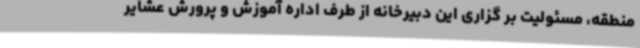
منطقه، مسئولیت بر گزاری این دبیرخانه از طرف اداره آموزش و پرورش عشایر